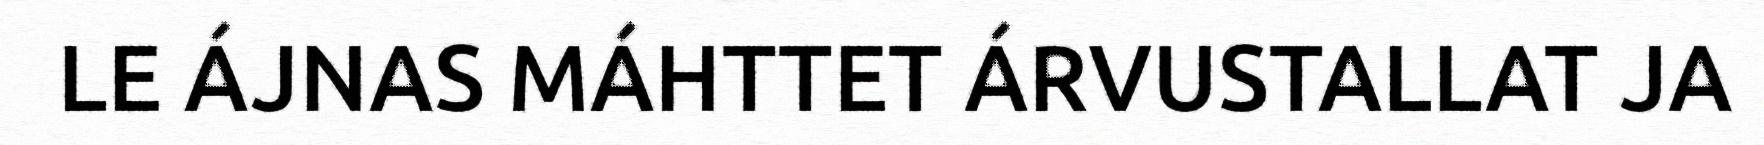
LE ÁJNAS MÁHTTET ÁRVUSTALLAT JA